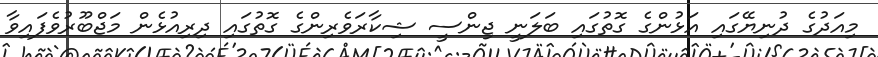
މިއަދުގެ ދުނިޔޭގައި އަޅުންގެ ގޮތުގައި ބަލަނީ ޖިންސީ ޝިކާރަވެރިންގެ ގޮތުގައި ދިރިއުޅެން މަޖްބޫރުވެފައިވާ